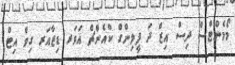
މޯމެންޓްސް ދިސް އިޒް ދަ ފީލިންގް ކްއެންޗް އަވަރ ޑިޒާއަރ ގިވް އިޓް